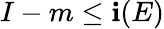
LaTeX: I-m\leq\mathbf{i}(E)